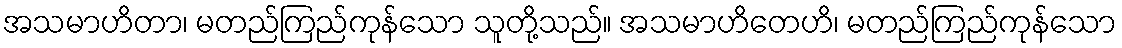
အသမာဟိတာ၊ မတည်ကြည်ကုန်သော သူတို့သည်။ အသမာဟိတေဟိ၊ မတည်ကြည်ကုန်သော